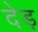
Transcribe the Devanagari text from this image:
देड़